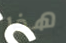
هذا